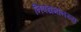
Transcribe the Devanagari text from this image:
निपद्यमानस्य